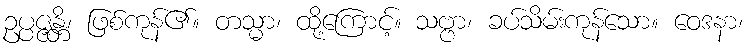
ဥပ္ပဇ္ဇန္တိ၊ ဖြစ်ကုန်၏။ တသ္မာ၊ ထို့ကြောင့်။ သဗ္ဗာ၊ ခပ်သိမ်းကုန်သော။ ဝေဒနာ၊